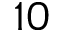
1 0